Annual report of the Bengal Veterinary College and of the Civil Veterinary Department, Bengal, for the year 1911-1912 - 1911-1912
Year: 1911
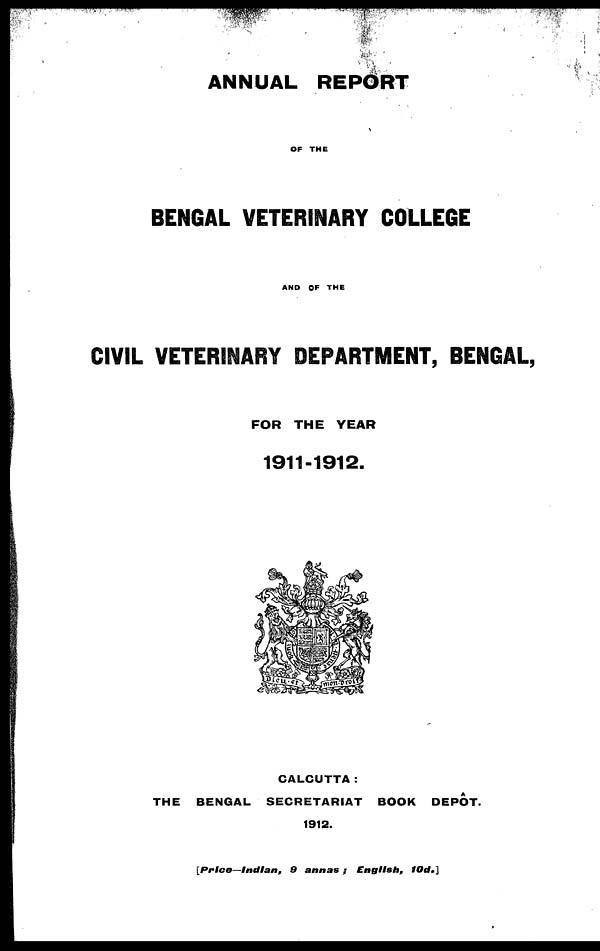
ANNUAL REPORT
OF THE
BENGAL VETERINARY COLLEGE
AND OF THE
CIVIL VETERINARY DEPARTMENT, BENGAL,
FOR THE YEAR
1911-1912.
CALCUTTA:
THE BENGAL SECRETARIAT BOOK DEPOT
1912.
[Price—Indian,
9 annas ; English,
10d.]